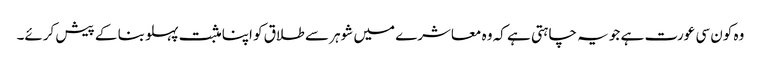
وہ کون سی عورت ہے جو یہ چاہتی ہے کہ وہ معاشرے میں شوہر سے طلاق کو اپنا مثبت پہلو بنا کے پیش کرئے۔